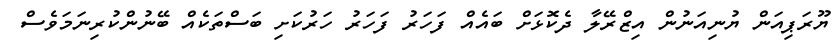
ޔޫރަޕިއަން ޔުނިއަނުން އިޒްރޭލާ ދެކޮޅަށް ބައެއް ފަހަރު ފަހަރު ހަރުކަށި ބަސްތަކެއް ބޭނުންކުރިނަމަވެސް